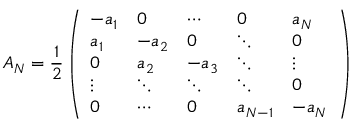
A _ { N } = \frac { 1 } { 2 } \left( \begin{array} { l l l l l } { - a _ { 1 } } & { 0 } & { \cdots } & { 0 } & { a _ { N } } \\ { a _ { 1 } } & { - a _ { 2 } } & { 0 } & { \ddots } & { 0 } \\ { 0 } & { a _ { 2 } } & { - a _ { 3 } } & { \ddots } & { \vdots } \\ { \vdots } & { \ddots } & { \ddots } & { \ddots } & { 0 } \\ { 0 } & { \cdots } & { 0 } & { a _ { N - 1 } } & { - a _ { N } } \end{array} \right)